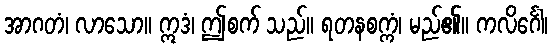
အာဂတံ၊ လာသော။ ဣဒံ၊ ဤစက် သည်။ ရတနစက္ကံ၊ မည်၏။ ကလိင်္ဂေါ၊